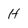
Character: H